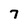
Character: 7